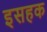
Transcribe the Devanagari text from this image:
इसहक